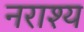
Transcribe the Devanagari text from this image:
नराश्य